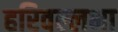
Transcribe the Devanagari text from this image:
हरिवल्लभा